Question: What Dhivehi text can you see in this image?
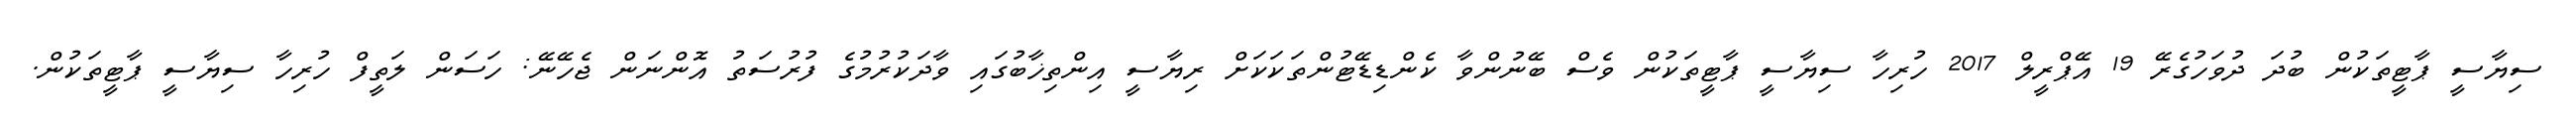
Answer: ސިޔާސީ ޕާޓީތަކުން ބުދަ ދުވަހުގެރޭ 19 އޭޕްރީލް 2017 ހުރިހާ ސިޔާސީ ޕާޓީތަކުން ވެސް ބޭނުންވާ ކެންޑިޑޭޓުންތަކަކަށް ރިޔާސީ އިންތިޚާބުގައި ވާދަކުރުމުގެ ފުރުސަތު އޮންނަން ޖެހޭނޭ: ހަސަން ލަތީފް ހުރިހާ ސިޔާސީ ޕާޓީތަކުން.